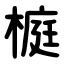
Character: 榳